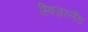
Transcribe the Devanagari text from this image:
स्विज़रलैंड